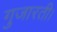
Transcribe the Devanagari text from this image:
गुजारती।